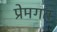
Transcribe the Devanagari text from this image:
प्रेमगत